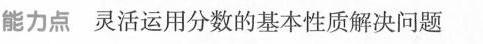
能力点灵活运用分数的基本性质解决问题